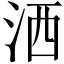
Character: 洒